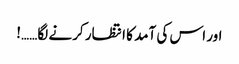
اور اس کی آمد کا انتظار کرنے لگا……!